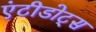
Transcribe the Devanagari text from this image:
एंटीडोट्स